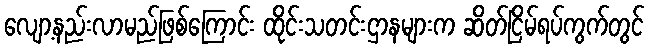
လျော့နည်းလာမည်ဖြစ်ကြောင်း ထိုင်းသတင်းဌာနများက ဆိတ်ငြိမ်ရပ်ကွက်တွင်